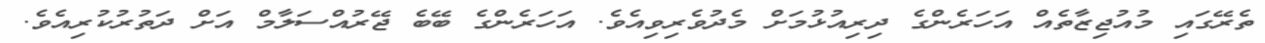
ތެރޭގައި މުއުޖިޒާތެއް އަހަރެންގެ ދިރިއުޅުމަށް މެދުވެރިވިއެވެ. އަހަރެންގެ ބޭބެ ޖޭރުއްސަލާމް އަށް ދަތުރުކުރިއެވެ.